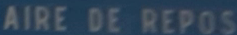
AIRE DE REPOS